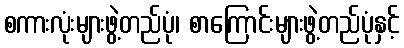
စကားလုံးများဖွဲ့တည်ပုံ၊ စာကြောင်းများဖွဲ့တည်ပုံနှင့်